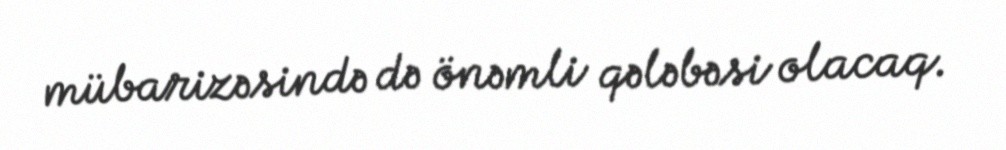
mübarizəsində də önəmli qələbəsi olacaq.